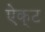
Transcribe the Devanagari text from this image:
ऐक्‌ट